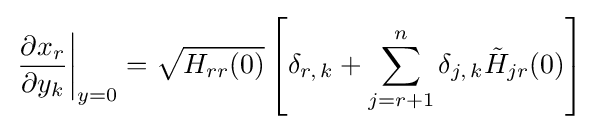
\left.{\frac {\partial x_{r}}{\partial y_{k}}}\right|_{y=0}={\sqrt {H_{rr}(0)}}\left[\delta _{r,\,k}+\sum _{j=r+1}^{n}\delta _{j,\,k}{\tilde {H}}_{jr}(0)\right]